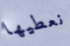
نعطيها